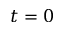
t = 0